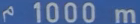
1000 m